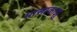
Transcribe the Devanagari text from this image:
मासाकाझु